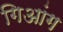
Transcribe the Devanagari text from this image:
गिआंग